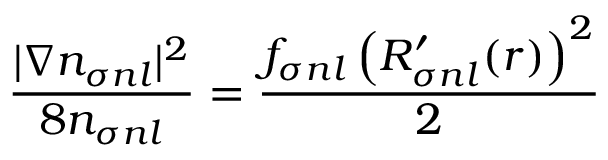
\frac { | \nabla n _ { \sigma n l } | ^ { 2 } } { 8 n _ { \sigma n l } } = \frac { f _ { \sigma n l } \left( R _ { \sigma n l } ^ { \prime } ( r ) \right) ^ { 2 } } { 2 }